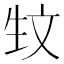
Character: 𰕚